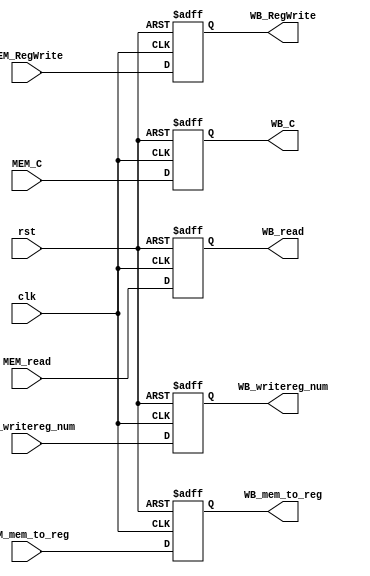
module WB(clk,rst,MEM_RegWrite,MEM_mem_to_reg,MEM_read,MEM_C,MEM_writereg_num,
			WB_RegWrite,WB_mem_to_reg,WB_read,WB_C,WB_writereg_num
			);
	input clk,rst,MEM_RegWrite,MEM_mem_to_reg;
	input [31:0] MEM_C,MEM_read;
	input [4:0] MEM_writereg_num;
	
	output reg WB_RegWrite,WB_mem_to_reg;
	output reg [31:0] WB_C,WB_read;
	output reg [4:0] WB_writereg_num;
	
	always @(posedge clk,posedge rst)
	begin
		if(rst)
		begin
			WB_C=0;
			WB_RegWrite=0;
			WB_mem_to_reg=0;
			WB_read=0;
			WB_writereg_num=0;	
		end
		else begin
			WB_C=MEM_C;
			WB_RegWrite=MEM_RegWrite;
			WB_mem_to_reg=MEM_mem_to_reg;
			WB_read=MEM_read;
			WB_writereg_num=MEM_writereg_num;
		end
	end
endmodule
//WB
//CPU